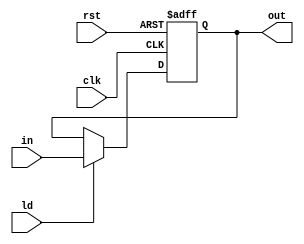
`timescale 1ns/1ns
module PC_component (in, rst, ld, clk, out);
    input clk,rst,ld;
    input [31:0]in;
    output reg [31:0]out;

    always @(posedge clk, posedge rst) begin
        if(rst==1'b1)begin
            out=32'd0;
        end
        else if(ld==1'b1)begin
             out=in;
        end
    end
endmodule